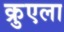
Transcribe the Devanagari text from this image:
क्रुएला